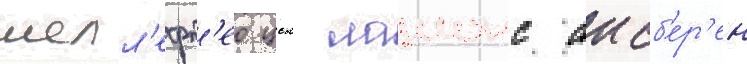
шелл'ефт'ео цск лаионс аисб'ер'ен